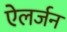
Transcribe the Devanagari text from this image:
ऐलर्जन